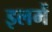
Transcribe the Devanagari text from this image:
इलमें